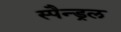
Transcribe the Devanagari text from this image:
स्पैन्ड्रल